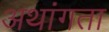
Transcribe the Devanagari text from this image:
अथांगता